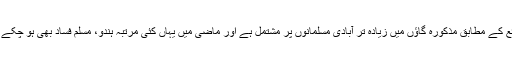
ذرائع کے مطابق مذکورہ گاﺅں میں زیادہ تر آبادی مسلمانوں پر مشتمل ہے اور ماضی میں یہاں کئی مرتبہ ہندو، مسلم فساد بھی ہو چکے ہیں۔